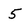
Character: 5